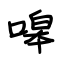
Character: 嗥